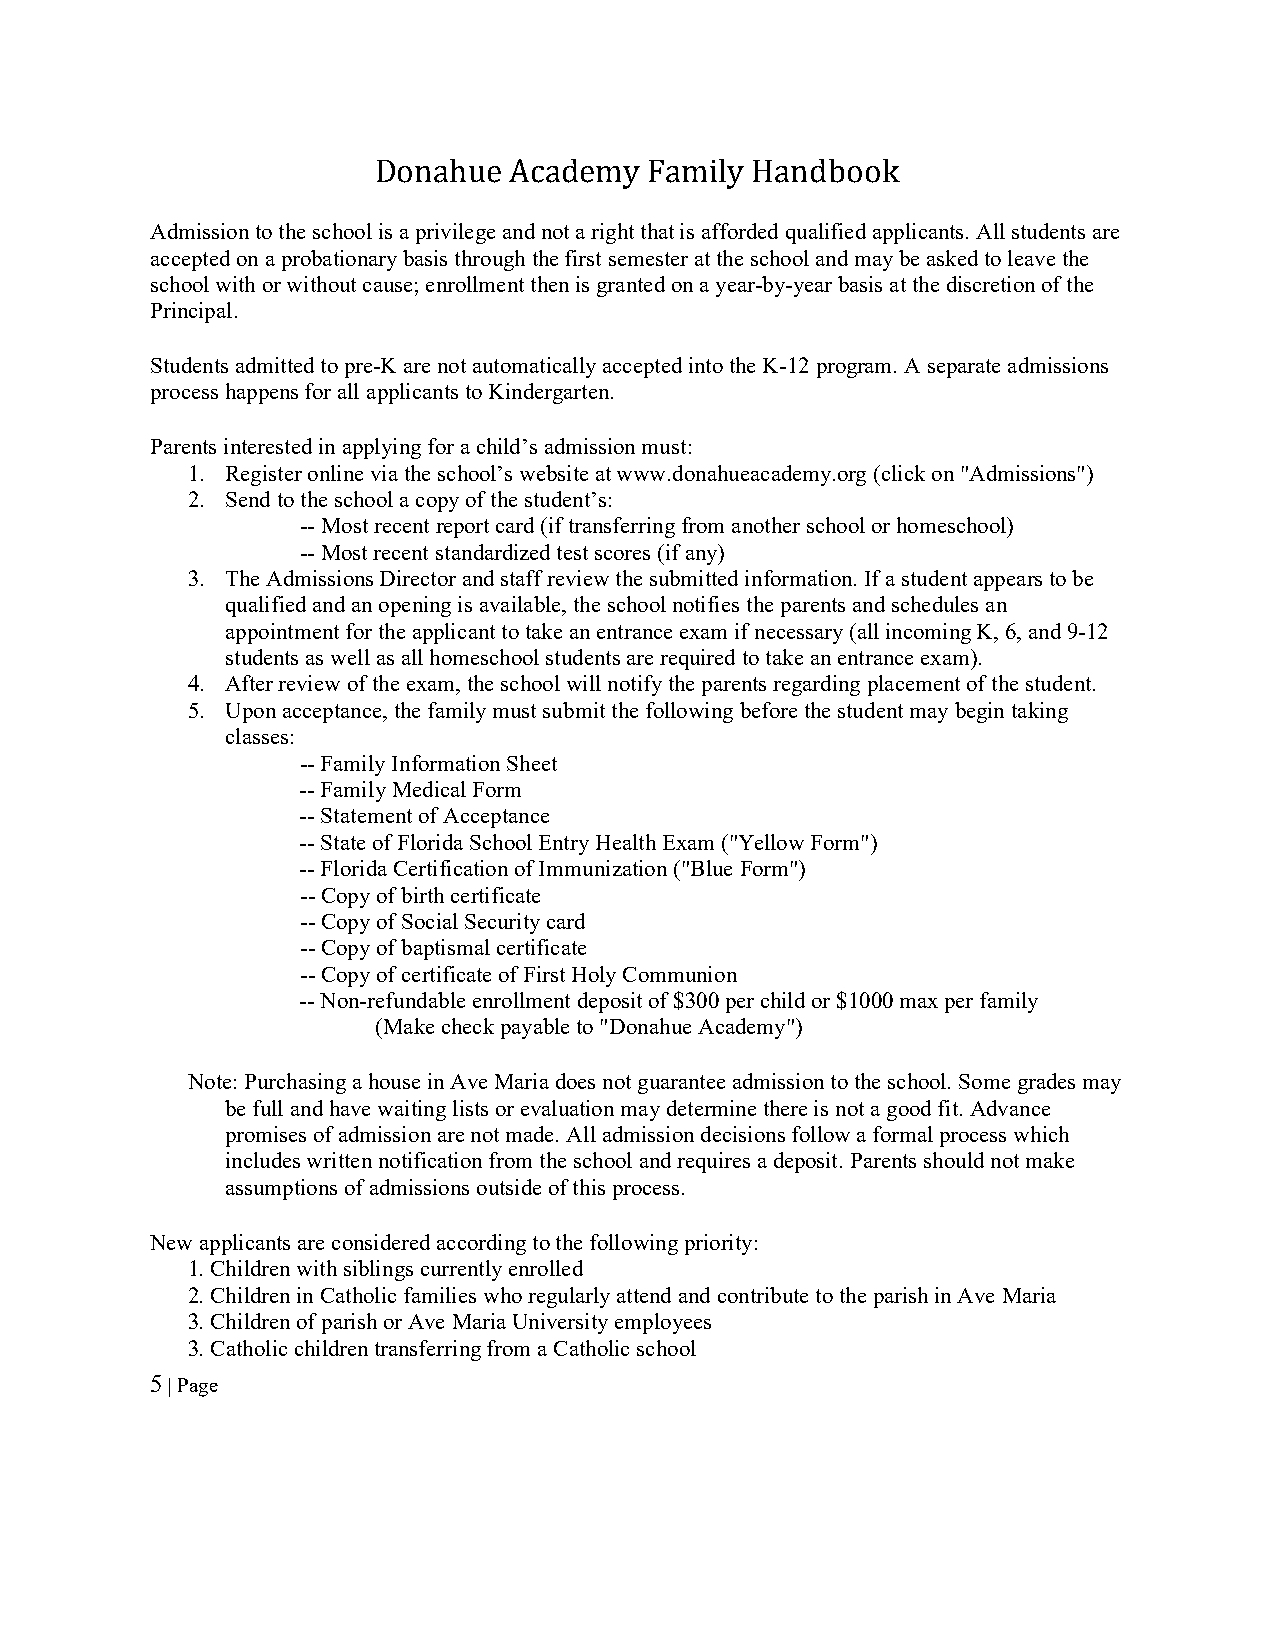
Donahue  Academy  Family Handbook
 Admission to the school is a privilege and not a right that is afforded qualified applicants. All students are
 accepted on a probationary basis through the first semester at the school and may be asked to leave the
 school with or without cause; enrollment then is granted on a year-by-year basis at the discretion of the
 Principal.
 Students admitted to pre-K are not automatically accepted into the K-12 program. A separate admissions
 process happens for all applicants to Kindergarten.
 Parents interested in applying for a child’s admission must:
 1. Register online via the school’s website at www.donahueacademy.org (click on "Admissions")
 2. Send to the school a copy of the student’s:
 -- Most recent report card (if transferring from another school or homeschool)
 -- Most recent standardized test scores (if any)
 3. The Admissions Director and staff review the submitted information. If a student appears to be
 qualified and an opening is available, the school notifies the parents and schedules an
 appointment for the applicant to take an entrance exam if necessary (all incoming K, 6, and 9-12
 students as well as all homeschool students are required to take an entrance exam).
 4. After review of the exam, the school will notify the parents regarding placement of the student.
 5. Upon acceptance, the family must submit the following before the student may begin taking
 classes:
 -- Family Information Sheet
 -- Family Medical Form
 -- Statement of Acceptance
 -- State of Florida School Entry Health Exam ("Yellow Form")
 -- Florida Certification of Immunization ("Blue Form")
 -- Copy of birth certificate
 -- Copy of Social Security card
 -- Copy of baptismal certificate
 -- Copy of certificate of First Holy Communion
 -- Non-refundable enrollment deposit of $300 per child or $1000 max per family
 (Make check payable to "Donahue Academy")
 Note: Purchasing a house in Ave Maria does not guarantee admission to the school. Some grades may
 be full and have waiting lists or evaluation may determine there is not a good fit. Advance
 promises of admission are not made. All admission decisions follow a formal process which
 includes written notification from the school and requires a deposit. Parents should not make
 assumptions of admissions outside of this process.
 New applicants are considered according to the following priority:
 1. Children with siblings currently enrolled
 2. Children in Catholic families who regularly attend and contribute to the parish in Ave Maria
 3. Children of parish or Ave Maria University employees
 3. Catholic children transferring from a Catholic school
 5 | Page